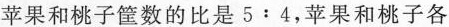
苹果和桃子筐数的比是5:4，苹果和桃子各